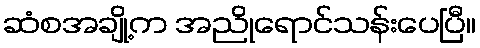
ဆံစအချို့က အညိုရောင်သန်းပေပြီ။